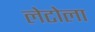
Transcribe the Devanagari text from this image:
लेटोला